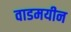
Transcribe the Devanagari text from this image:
वाडमयीन